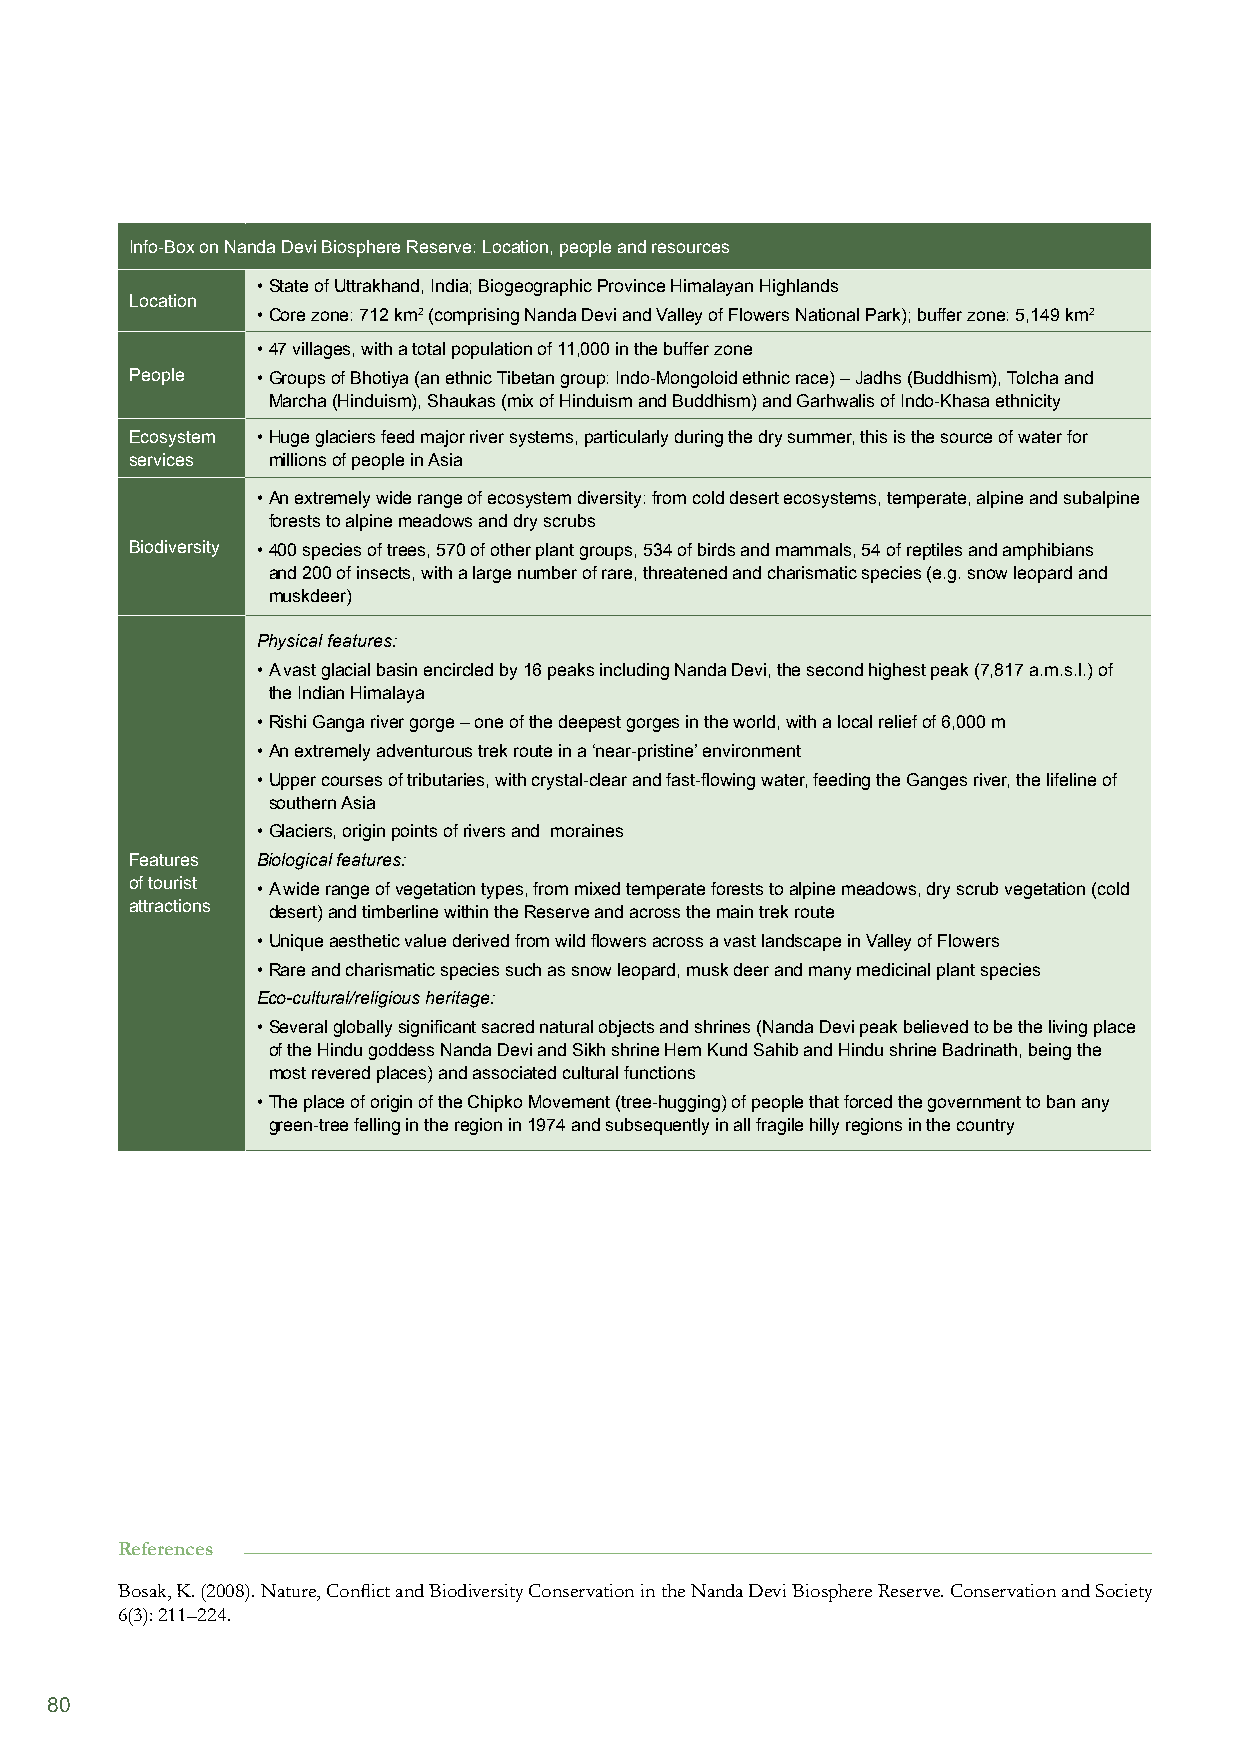
Info-Box on Nanda Devi Biosphere Reserve: Location, people and resources
 • State of Uttrakhand, India; Biogeographic Province Himalayan Highlands
 Location
 • Core zone: 712 km2 (comprising Nanda Devi and Valley of Flowers National Park); buffer zone: 5,149 km2
 • 47 villages, with a total population of 11,000 in the buffer zone
 People  • Groups of Bhotiya (an ethnic Tibetan group: Indo-Mongoloid ethnic race) – Jadhs (Buddhism), Tolcha and
 Marcha (Hinduism), Shaukas (mix of Hinduism and Buddhism) and Garhwalis of Indo-Khasa ethnicity
 Ecosystem • Huge glaciers feed major river systems, particularly during the dry summer, this is the source of water for
 services millions of people in Asia
 • An extremely wide range of ecosystem diversity: from cold desert ecosystems, temperate, alpine and subalpine
 forests to alpine meadows and dry scrubs
 Biodiversity • 400 species of trees, 570 of other plant groups, 534 of birds and mammals, 54 of reptiles and amphibians
 and 200 of insects, with a large number of rare, threatened and charismatic species (e.g. snow leopard and
 muskdeer)
 Physical features:
 • A vast glacial basin encircled by 16 peaks including Nanda Devi, the second highest peak (7,817 a.m.s.l.) of
 the Indian Himalaya
 • Rishi Ganga river gorge – one of the deepest gorges in the world, with a local relief of 6,000 m
 • An extremely adventurous trek route in a ‘near-pristine’ environment
 • Upper courses of tributaries, with crystal-clear and fast-flowing water, feeding the Ganges river, the lifeline of
 southern Asia
 • Glaciers, origin points of rivers and moraines
 Features Biological features:
 of tourist • A wide range of vegetation types, from mixed temperate forests to alpine meadows, dry scrub vegetation (cold
 attractions desert) and timberline within the Reserve and across the main trek route
 • Unique aesthetic value derived from wild flowers across a vast landscape in Valley of Flowers
 • Rare and charismatic species such as snow leopard, musk deer and many medicinal plant species
 Eco-cultural/religious heritage:
 • Several globally significant sacred natural objects and shrines (Nanda Devi peak believed to be the living place
 of the Hindu goddess Nanda Devi and Sikh shrine Hem Kund Sahib and Hindu shrine Badrinath, being the
 most revered places) and associated cultural functions
 • The place of origin of the Chipko Movement (tree-hugging) of people that forced the government to ban any
 green-tree felling in the region in 1974 and subsequently in all fragile hilly regions in the country
 References
 Bosak, K. (2008). Nature, Conflict and Biodiversity Conservation in the Nanda Devi Biosphere Reserve. Conservation and Society
 6(3): 211–224.
 80